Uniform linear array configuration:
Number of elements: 64
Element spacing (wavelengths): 0.75
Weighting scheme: cosine
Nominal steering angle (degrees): -60
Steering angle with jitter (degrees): -58.685
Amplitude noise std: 0.05
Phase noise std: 0.05

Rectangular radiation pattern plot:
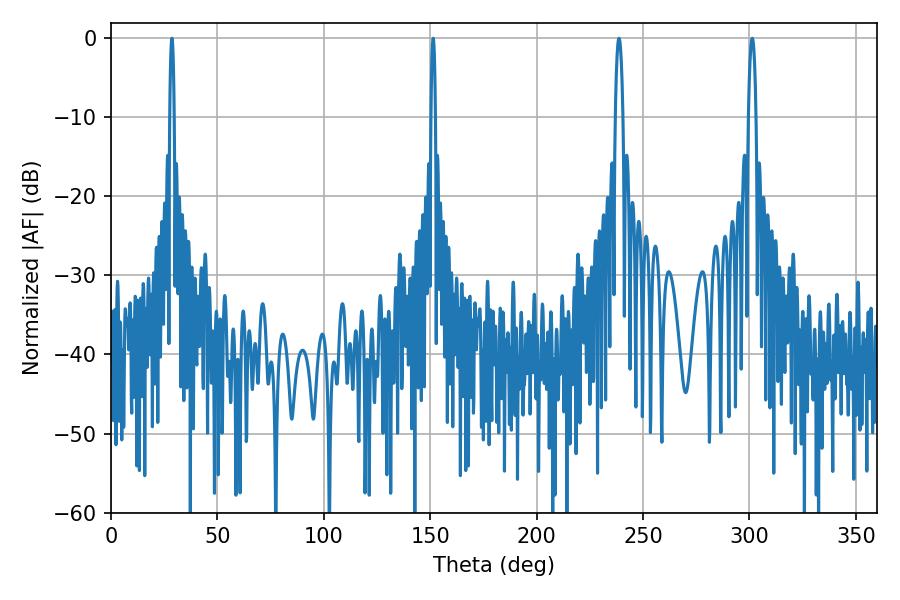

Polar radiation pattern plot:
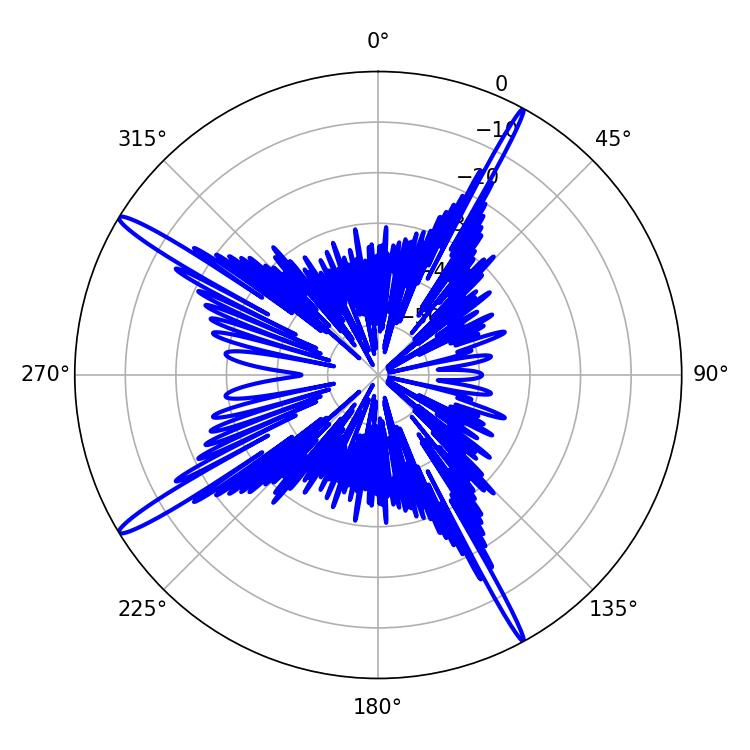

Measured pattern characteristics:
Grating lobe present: TRUE
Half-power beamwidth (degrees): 1.08
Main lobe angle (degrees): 151.38